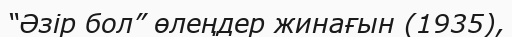
“Әзір бол” өлеңдер жинағын (1935),